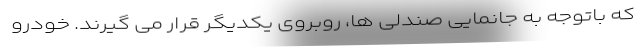
که باتوجه به جانمایی صندلی ها، روبروی یکدیگر قرار می گیرند. خودرو